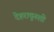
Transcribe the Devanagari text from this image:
देहरादूनशी